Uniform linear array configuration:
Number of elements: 12
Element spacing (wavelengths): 0.5
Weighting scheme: blackman
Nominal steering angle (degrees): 0
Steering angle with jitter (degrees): -0.3817
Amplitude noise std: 0.05
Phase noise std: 0.05

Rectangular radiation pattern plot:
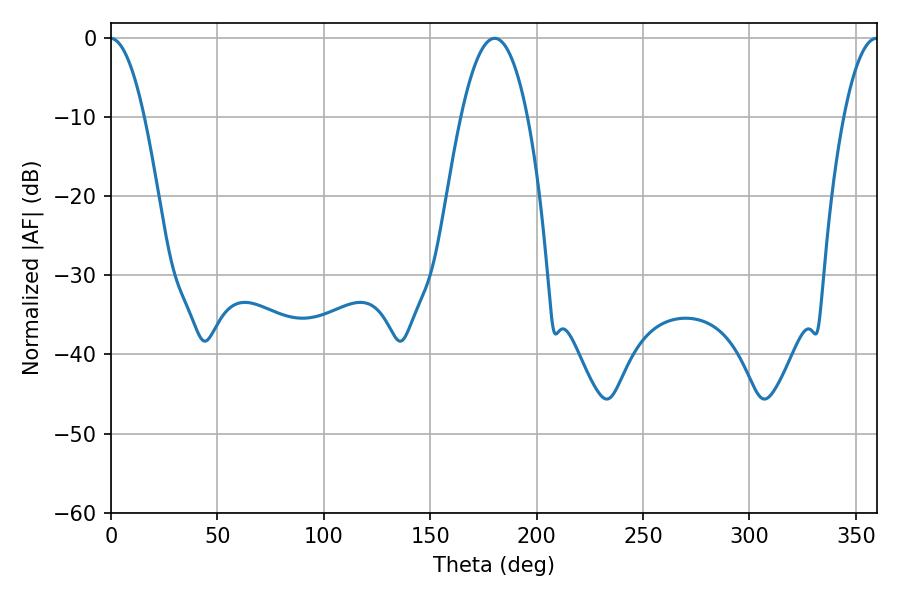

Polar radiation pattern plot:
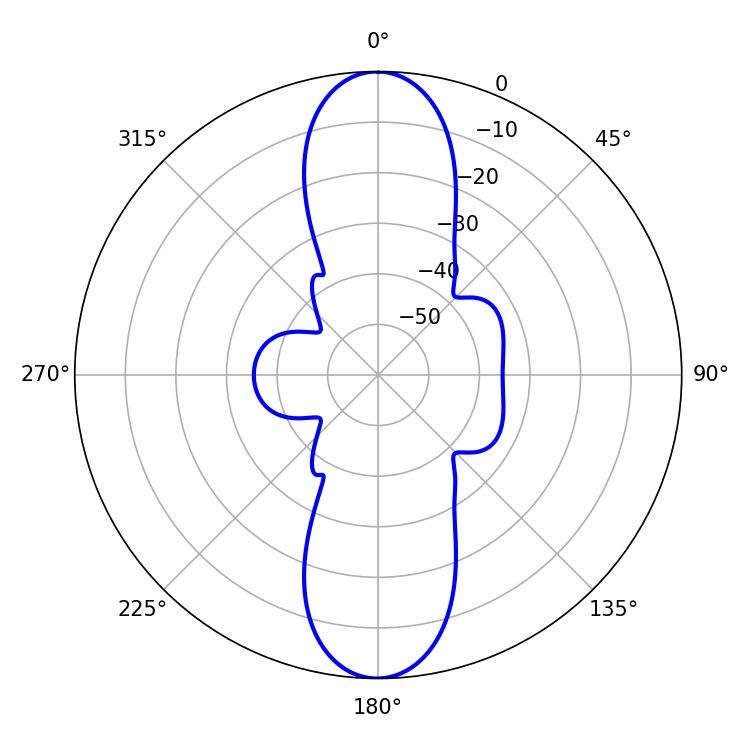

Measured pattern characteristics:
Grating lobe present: FALSE
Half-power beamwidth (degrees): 17.28
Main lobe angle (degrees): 180.36